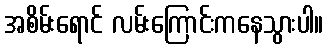
အစိမ်းရောင် လမ်းကြောင်းကနေသွားပါ။